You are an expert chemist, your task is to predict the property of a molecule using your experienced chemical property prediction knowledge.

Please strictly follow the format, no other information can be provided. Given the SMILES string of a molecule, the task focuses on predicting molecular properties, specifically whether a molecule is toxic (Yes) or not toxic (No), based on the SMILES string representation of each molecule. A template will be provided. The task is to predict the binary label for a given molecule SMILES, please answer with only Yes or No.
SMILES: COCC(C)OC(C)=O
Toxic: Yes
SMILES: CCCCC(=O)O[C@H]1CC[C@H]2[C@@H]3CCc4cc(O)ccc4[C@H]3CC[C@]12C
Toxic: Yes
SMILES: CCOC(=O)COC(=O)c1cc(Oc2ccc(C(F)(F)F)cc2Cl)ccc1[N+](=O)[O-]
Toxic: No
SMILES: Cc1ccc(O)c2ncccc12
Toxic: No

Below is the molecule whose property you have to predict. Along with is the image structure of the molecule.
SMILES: CCC1(CC)C(=O)NC(=O)N(C)C1=O
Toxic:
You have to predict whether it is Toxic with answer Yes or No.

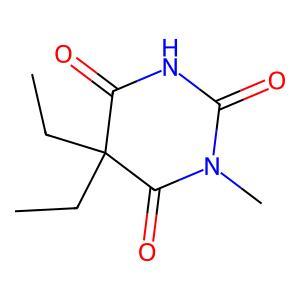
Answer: No